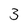
Character: 3